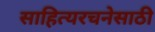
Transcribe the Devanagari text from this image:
साहित्यरचनेसाठी